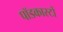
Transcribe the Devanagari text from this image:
पॉडकास्टों